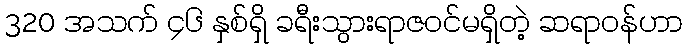
320 အသက် ၄၆ နှစ်ရှိ ခရီးသွားရာဇဝင်မရှိတဲ့ ဆရာဝန်ဟာ